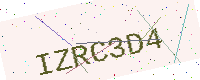
Text: IZRC3D4